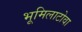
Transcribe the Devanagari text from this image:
भूमिलाटोवा